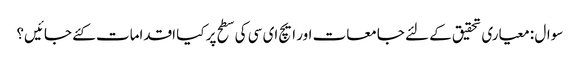
سوال : معیاری تحقیق کے لئے جامعات اور ایچ ای سی کی سطح پر کیا اقدامات کئے جائیں؟